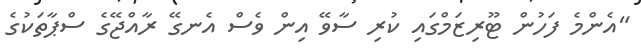
"އެންމެ ފަހުން ޓޫރިޒަމްގައި ކުރި ސާވޭ އިން ވެސް އެނގޭ ރާއްޖޭގެ ސްޕާތަކުގެ